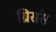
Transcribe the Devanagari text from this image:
ग्रिसंस